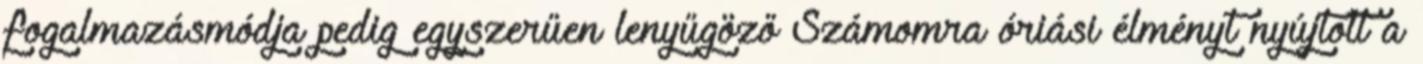
fogalmazásmódja pedig egyszerűen lenyűgöző Számomra óriási élményt nyújtott a